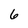
Character: 6